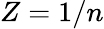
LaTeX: Z=1/n